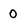
Character: 0